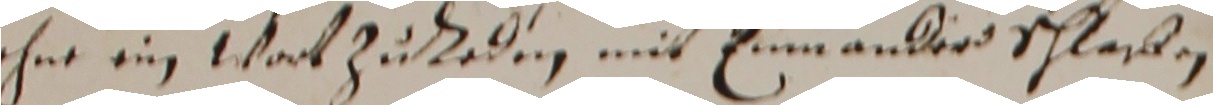
ohne ein wort zu reden mit einnander schlaben